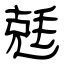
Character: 兞